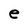
Character: e